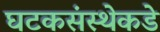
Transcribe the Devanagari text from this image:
घटकसंस्थेकडे